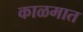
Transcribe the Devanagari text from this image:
काळमात